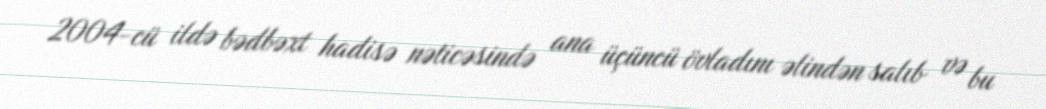
2004-cü ildə bədbəxt hadisə nəticəsində ana üçüncü övladını əlindən salıb və bu